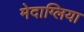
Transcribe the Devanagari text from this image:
मेदाग्लिया